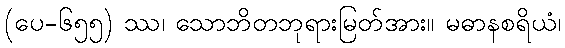
(ပေ-၆၅၅) ဿ၊ သောဘိတဘုရားမြတ်အား။ မဓာနစရိယံ၊